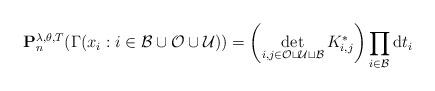
LaTeX: \begin{align*}\mathbf{P}_n^{\lambda,\theta,T}(\Gamma(x_i : i \in \mathcal{B} \cup \mathcal{O} \cup \mathcal{U} ))= \left( \det \limits_{i,j \in \mathcal{O} \sqcup \mathcal{U} \sqcup \mathcal{B} } K^*_{i,j} \right) \prod_{i \in \mathcal{B}} \mathrm{d}t_i\end{align*}